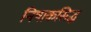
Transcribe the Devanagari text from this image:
निषाकसिद्ध